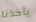
يأخذنا